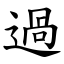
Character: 過